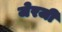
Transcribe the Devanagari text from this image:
जेरजी